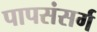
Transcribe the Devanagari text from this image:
पापसंसर्ग